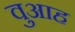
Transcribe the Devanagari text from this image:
वुआह